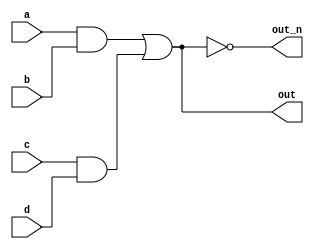
module top_module(
    input a,
    input b,
    input c,
    input d,
    output out,
    output out_n   ); 
	 wire ab = a&&b;
    wire cd = c&&d;
    assign out = ab||cd;
    assign out_n=~out;
endmodule